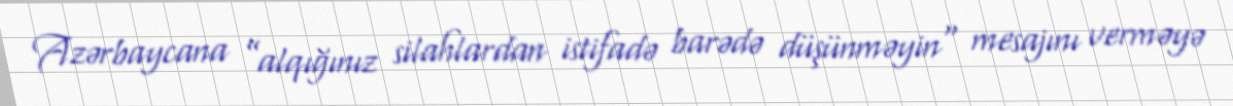
Azərbaycana ”alqığınız silahlardan istifadə barədə düşünməyin" mesajını verməyə